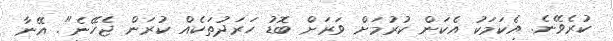
ކުރެވޭނެ. އެކަމަކު އެކަން ކުރުމަށް ވަރަށް ބޮޑު ހަރަދުތަކެއް ކުރަން ޖެހޭނެ". އޭނާ